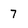
Character: 7